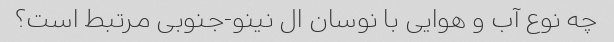
چه نوع آب و هوایی با نوسان ال نینو-جنوبی مرتبط است؟